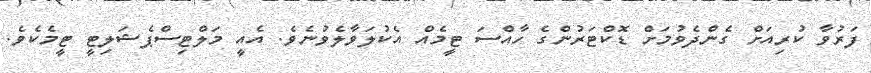
ފަރުވާ ކުރިއަށް ގެންދެވުމަށް ޑޮކްޓަރުންގެ ހާއްސަ ޓީމެއް އެކުލަވާލެވުނެވެ. އެއީ މަލްޓިސްޕެޝަލިޓީ ޓީމެކެވެ.